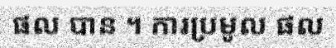
ផល បាន ។ ការប្រមូល ផល